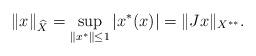
LaTeX: \begin{align*}\|x\|_{\widehat{X}}=\sup_{\|x^*\|\leq 1}|x^*(x)| =\|Jx\|_{X^{**}}.\end{align*}